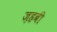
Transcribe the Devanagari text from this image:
ज़हबी